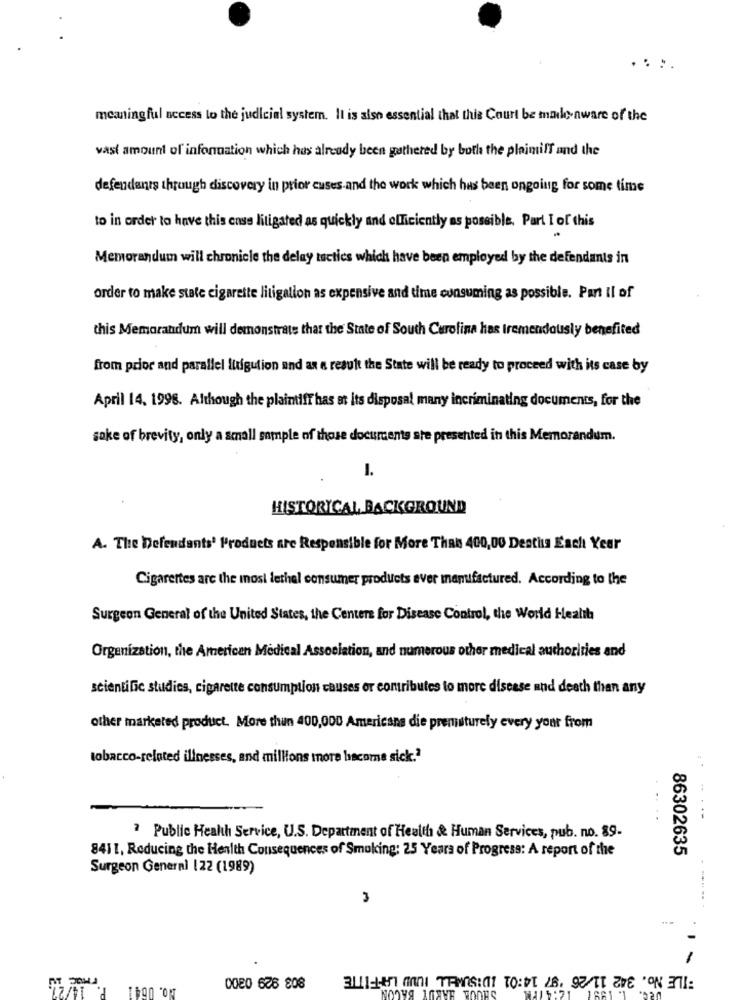
meaningful access to the judicial system. It is also essential that this Court be made aware of the
vast amount of information which has already been gathered by both the plaimilf and the
defendants through discovery in prior cuses and the work which has been ongoing for some time
to in order to have this ense litigated as quickly and officiently as possible. Part I of this
Memorandum will chronicle the delay tactics which have been employed by the defendants in
order to make state cigarette litigation as expensive and time consuming as possible. Part II of
this Memorandum will demonstrate that the State of South Carolina has tremendously benefited
from prior and parallel litigution and as a result the State will be ready to proceed with its case by
April 14. 1998. Although the plaintiff has at its disposal many incriminating documents, for the
sake of brevity, only a small sample of those documents ste presented in this Memorandum.
1.
HISTORICAL BACKGROUND
A. The Defendants' Products are Responsible for More Than 400,00 Desti Each Year
Cigarettes are the most lethal consumer products ever manufactured. According to the
Surgeon General of the United States, the Centers for Disease Control, the World Health
Organization, the American Medical Association, and numerous other medical authorities and
scientific studies, cigarette consumption causes or contributes to more disease and death than any
other marketed product. More than 400,000 Americans die premisturely every your from
tobacco-related illnesses, and millions more become sick.2
..
.. - ---
? Public Health Service, U.S. Department of Health & Human Services, pub. no. 89-
8411, Reducing the Health Consequences of Smoking: 25 Years of Progress: A report of the
86302635
Surgeon General 122 (1989)
3
-
FILE No. 342 11/26 '97 14:01 IDISUMELL IUND LAFFITTE
No. 0641 P. 14/
SHOOK HARDY BACON
0080 626 808
1861